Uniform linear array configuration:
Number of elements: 4
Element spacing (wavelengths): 0.5
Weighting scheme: hamming
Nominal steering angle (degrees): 30
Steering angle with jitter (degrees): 28.043
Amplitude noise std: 0.05
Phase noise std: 0.05

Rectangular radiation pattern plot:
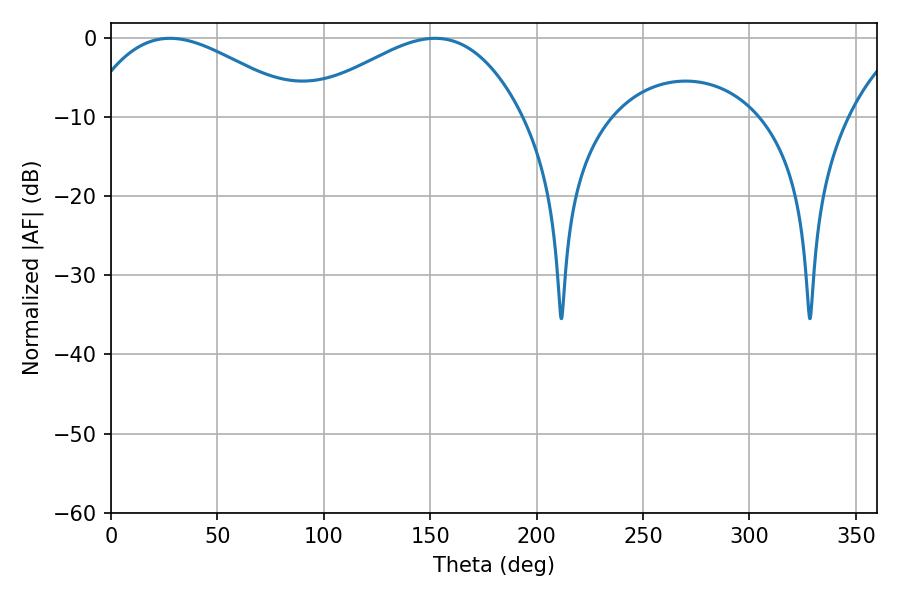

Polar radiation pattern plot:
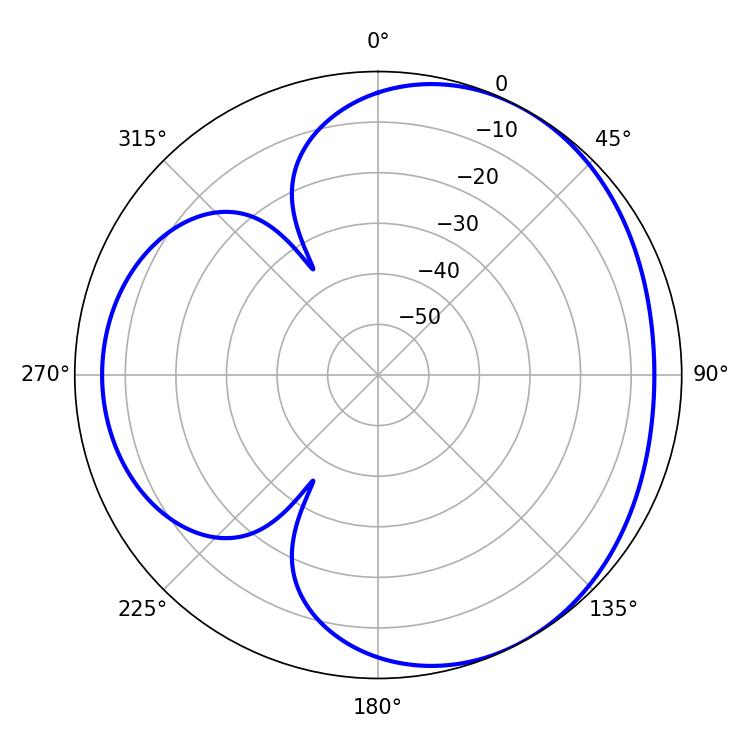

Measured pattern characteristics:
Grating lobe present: FALSE
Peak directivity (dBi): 3.71
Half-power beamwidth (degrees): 55.98
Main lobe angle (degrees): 27.72